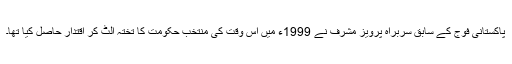
پاکستانی فوج کے سابق سربراہ پرویز مشرف نے 1999ء میں اس وقت کی منتخب حکومت کا تختہ الٹ کر اقتدار حاصل کیا تھا۔